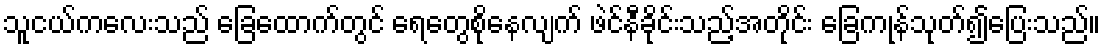
သူငယ်ကလေးသည် ခြေထောက်တွင် ရေတွေစိုနေလျက် ဖဲင်နီခိုင်းသည့်အတိုင်း ခြေကုန်သုတ်၍ပြေးသည်။